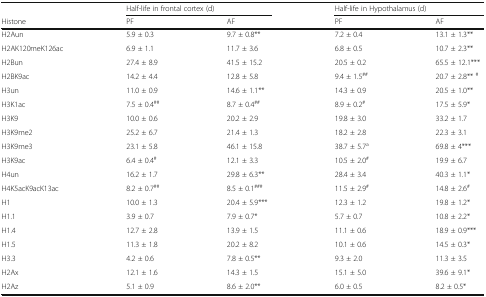
<table><thead><tr><td></td><td colspan="2"><b>Half-life in frontal cortex (d)</b></td><td colspan="2"><b>Half-life in Hypothalamus (d)</b></td></tr><tr><td><b>Histone</b></td><td><b>PF</b></td><td><b>AF</b></td><td><b>PF</b></td><td><b>AF</b></td></tr></thead><tbody><tr><td>H2Aun</td><td>5.9 ± 0.3</td><td>9.7 ± 0.8**</td><td>7.2 ± 0.4</td><td>13.1 ± 1.3**</td></tr><tr><td>H2AK120meK126ac</td><td>6.9 ± 1.1</td><td>11.7 ± 3.6</td><td>6.8 ± 0.5</td><td>10.7 ± 2.3**</td></tr><tr><td>H2Bun</td><td>27.4 ± 8.9</td><td>41.5 ± 15.2</td><td>20.5 ± 0.2</td><td>65.5 ± 12.1***</td></tr><tr><td>H2BK9ac</td><td>14.2 ± 4.4</td><td>12.8 ± 5.8</td><td>9.4 ± 1.5<sup>##</sup></td><td>20.7 ± 2.8** <sup>#</sup></td></tr><tr><td>H3un</td><td>11.0 ± 0.9</td><td>14.6 ± 1.1**</td><td>14.3 ± 0.9</td><td>20.5 ± 1.0**</td></tr><tr><td>H3K1ac</td><td>7.5 ± 0.4<sup>##</sup></td><td>8.7 ± 0.4<sup>##</sup></td><td>8.9 ± 0.2<sup>#</sup></td><td>17.5 ± 5.9*</td></tr><tr><td>H3K9</td><td>10.0 ± 0.6</td><td>20.2 ± 2.9</td><td>19.8 ± 3.0</td><td>33.2 ± 1.7</td></tr><tr><td>H3K9me2</td><td>25.2 ± 6.7</td><td>21.4 ± 1.3</td><td>18.2 ± 2.8</td><td>22.3 ± 3.1</td></tr><tr><td>H3K9me3</td><td>23.1 ± 5.8</td><td>46.1 ± 15.8</td><td>38.7 ± 5.7<sup>a</sup></td><td>69.8 ± 4***</td></tr><tr><td>H3K9ac</td><td>6.4 ± 0.4<sup>#</sup></td><td>12.1 ± 3.3</td><td>10.5 ± 2.0<sup>#</sup></td><td>19.9 ± 6.7</td></tr><tr><td>H4un</td><td>16.2 ± 1.7</td><td>29.8 ± 6.3**</td><td>28.4 ± 3.4</td><td>40.3 ± 1.1*</td></tr><tr><td>H4K5acK9acK13ac</td><td>8.2 ± 0.7<sup>##</sup></td><td>8.5 ± 0.1<sup>###</sup></td><td>11.5 ± 2.9<sup>#</sup></td><td>14.8 ± 2.6<sup>#</sup></td></tr><tr><td>H1</td><td>10.0 ± 1.3</td><td>20.4 ± 5.9***</td><td>12.3 ± 1.2</td><td>19.8 ± 1.2*</td></tr><tr><td>H1.1</td><td>3.9 ± 0.7</td><td>7.9 ± 0.7*</td><td>5.7 ± 0.7</td><td>10.8 ± 2.2*</td></tr><tr><td>H1.4</td><td>12.7 ± 2.8</td><td>13.9 ± 1.5</td><td>11.1 ± 0.6</td><td>18.9 ± 0.9***</td></tr><tr><td>H1.5</td><td>11.3 ± 1.8</td><td>20.2 ± 8.2</td><td>10.1 ± 0.6</td><td>14.5 ± 0.3*</td></tr><tr><td>H3.3</td><td>4.2 ± 0.6</td><td>7.8 ± 0.5**</td><td>9.3 ± 2.0</td><td>11.3 ± 3.5</td></tr><tr><td>H2Ax</td><td>12.1 ± 1.6</td><td>14.3 ± 1.5</td><td>15.1 ± 5.0</td><td>39.6 ± 9.1*</td></tr><tr><td>H2Az</td><td>5.1 ± 0.9</td><td>8.6 ± 2.0**</td><td>6.0 ± 0.5</td><td>8.2 ± 0.5*</td></tr></tbody></table>